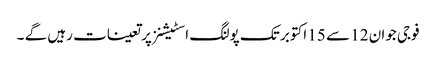
فوجی جوان 12 سے 15 اکتوبر تک پولنگ اسٹیشنز پر تعینات رہیں گے ۔